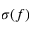
\sigma ( f )